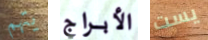
يتهم الأبراج يست